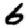
Digit: 6